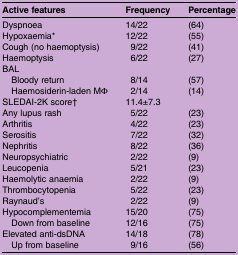
| Active features | Frequency | Percentage |
 | --- | --- | --- |
 | Dyspnoea | 14/22 | (64) |
 | Hypoxaemia* | 12/22 | (55) |
 | Cough (no haemoptysis) | 9/22 | (41) |
 | Haemoptysis | 6/22 | (27) |
 | <COLSPAN=3> BAL |
 | Bloody return | 8/14 | (57) |
 | Haemosiderin-laden MΦ | 2/14 | (14) |
 | SLEDAI-2K score† | <COLSPAN=2> 11.4±7.3 |
 | Any lupus rash | 5/22 | (23) |
 | Arthritis | 4/22 | (23) |
 | Serositis | 7/22 | (32) |
 | Nephritis | 8/22 | (36) |
 | Neuropsychiatric | 2/22 | (9) |
 | Leucopenia | 5/21 | (23) |
 | Haemolytic anaemia | 2/22 | (9) |
 | Thrombocytopenia | 5/22 | (23) |
 | Raynaud's | 2/22 | (9) |
 | Hypocomplementemia | 15/20 | (75) |
 | Down from baseline | 12/16 | (75) |
 | Elevated anti-dsDNA | 14/18 | (78) |
 | Up from baseline | 9/16 | (56) |